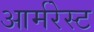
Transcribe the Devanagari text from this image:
आर्मरेस्ट